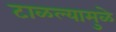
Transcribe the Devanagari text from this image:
टाळल्यामुळे